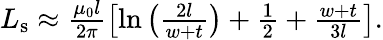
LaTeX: \begin{array}{r}{L_{\mathrm{s}}\approx\frac{\mu_{0}l}{2\pi}\left[\ln\left(\frac{2l}{w+t}\right)+\frac{1}{2}+\frac{w+t}{3l}\right].}\end{array}